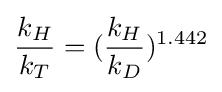
{\frac {k_{H}}{k_{T}}}=({\frac {k_{H}}{k_{D}}})^{1.442}